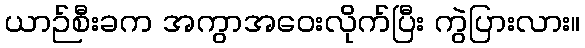
ယာဉ်စီးခက အကွာအဝေးလိုက်ပြီး ကွဲပြားလား။